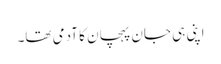
اپنی ہی جان پہچان کا آدمی تھا۔